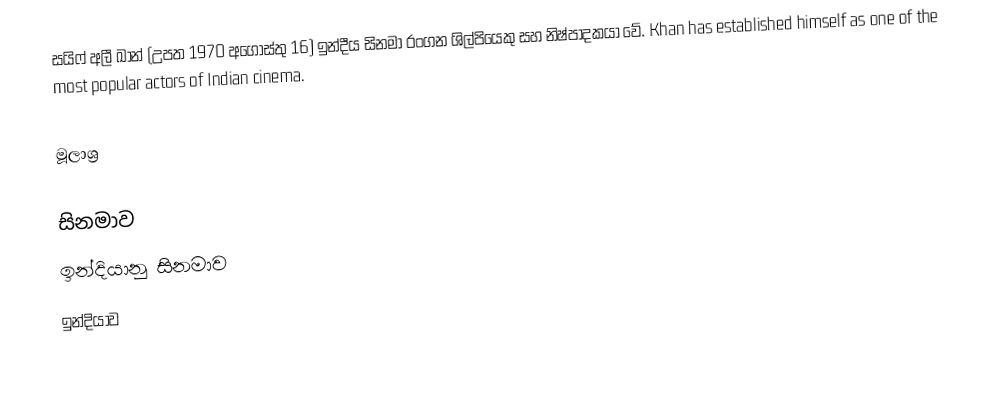
සයිෆ් අලී ඛාන් (උපත 1970 අගෝස්තු 16) ඉන්දීය සිනමා රංගන ශිල්පියෙකු සහ නිෂ්පාදකයා වේ. Khan has established himself as one of the most popular actors of Indian cinema.

මූලාශ්‍ර

සිනමාව
ඉන්දියානු සිනමාව
ඉන්දියාව